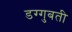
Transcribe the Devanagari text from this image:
डग्गुबती